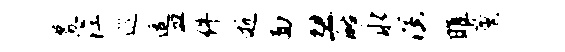
募涅巡逗皿件逝面忽酪永演雎薰